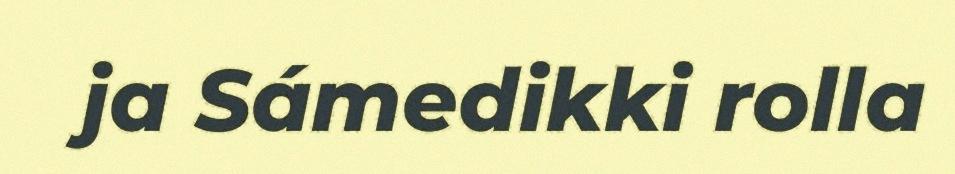
ja Sámedikki rolla